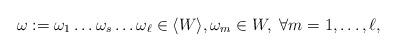
LaTeX: \begin{align*} \omega := \omega_1 \dots \omega_s \dots \omega_\ell \in \langle W \rangle, \omega_m \in W,\ \forall m = 1, \dots, \ell, \end{align*}